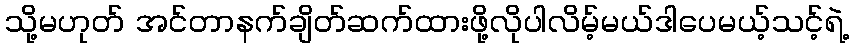
သို့မဟုတ် အင်တာနက်ချိတ်ဆက်ထားဖို့လိုပါလိမ့်မယ်ဒါပေမယ့်သင့်ရဲ့